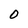
Character: 0